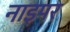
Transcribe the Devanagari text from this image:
नाइपर